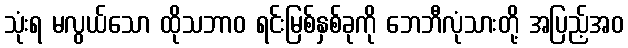
သုံးရ မလွယ်သော ထိုသဘာဝ ရင်းမြစ်နှစ်ခုကို ဘေဘီလုံသားတို့ အပြည့်အဝ